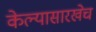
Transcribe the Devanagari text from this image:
केल्यासारखेच